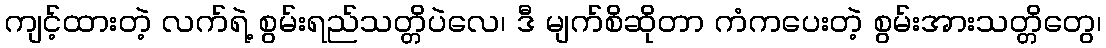
ကျင့်ထားတဲ့ လက်ရဲ့ စွမ်းရည်သတ္တိပဲလေ၊ ဒီ မျက်စိဆိုတာ ကံကပေးတဲ့ စွမ်းအားသတ္တိတွေ၊